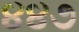
૪૪૭